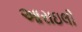
આરાઇલી